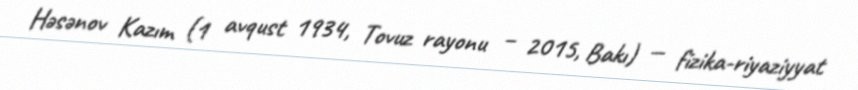
Həsənov Kazım (1 avqust 1934, Tovuz rayonu – 2015, Bakı) — fizika-riyaziyyat